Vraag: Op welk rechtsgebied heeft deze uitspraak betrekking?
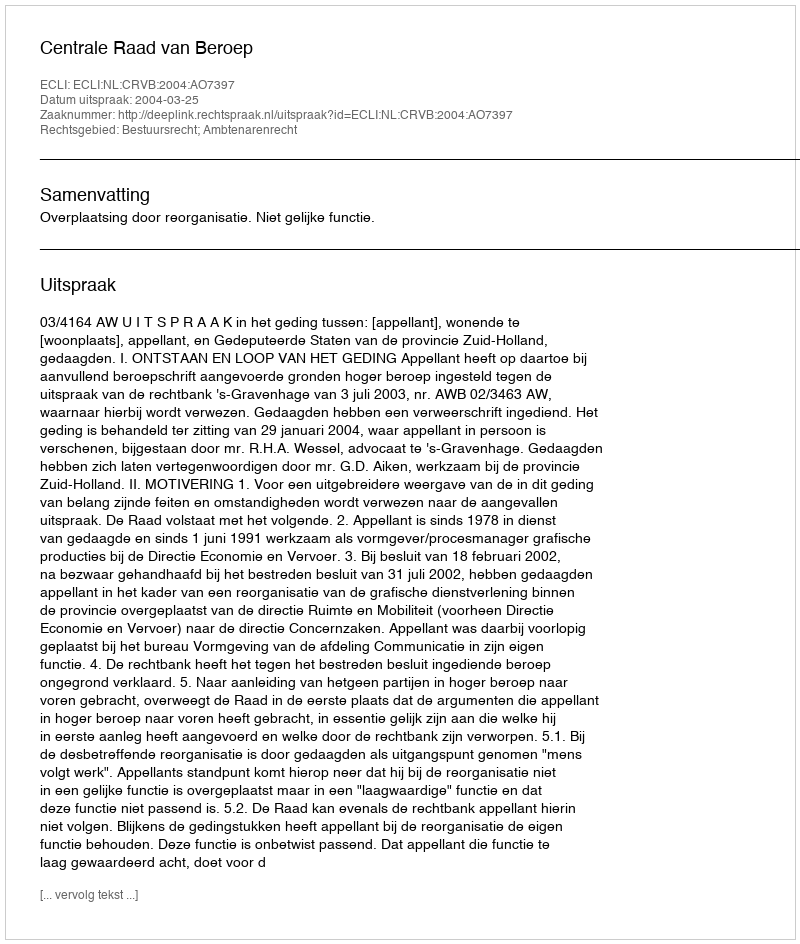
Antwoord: Bestuursrecht; Ambtenarenrecht